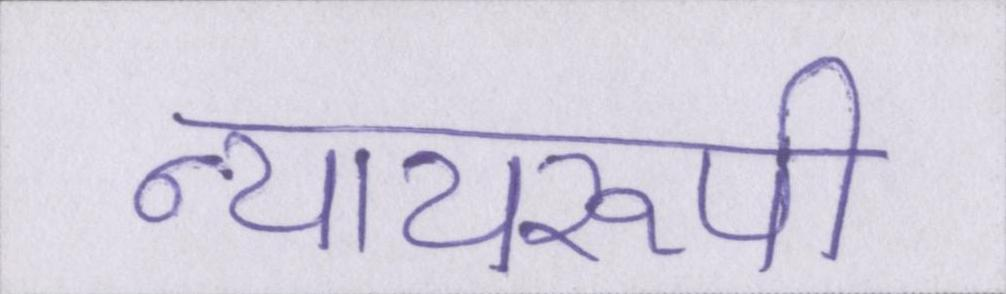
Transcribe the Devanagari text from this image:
न्यायरूपी